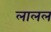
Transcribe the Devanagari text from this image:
लालल